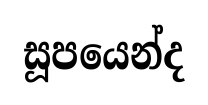
සූපයෙන්ද